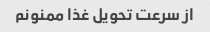
از سرعت تحویل غذا ممنونم